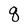
Character: q